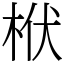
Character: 栿